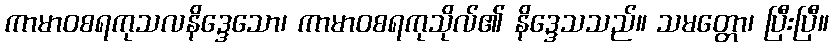
ကာမာဝစရကုသလနိဒ္ဒေသော၊ ကာမာဝစရကုသိုလ်၏ နိဒ္ဒေသသည်။ သမတ္တော၊ ပြီးပြီ။